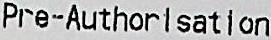
PRE-AUTHORISATION